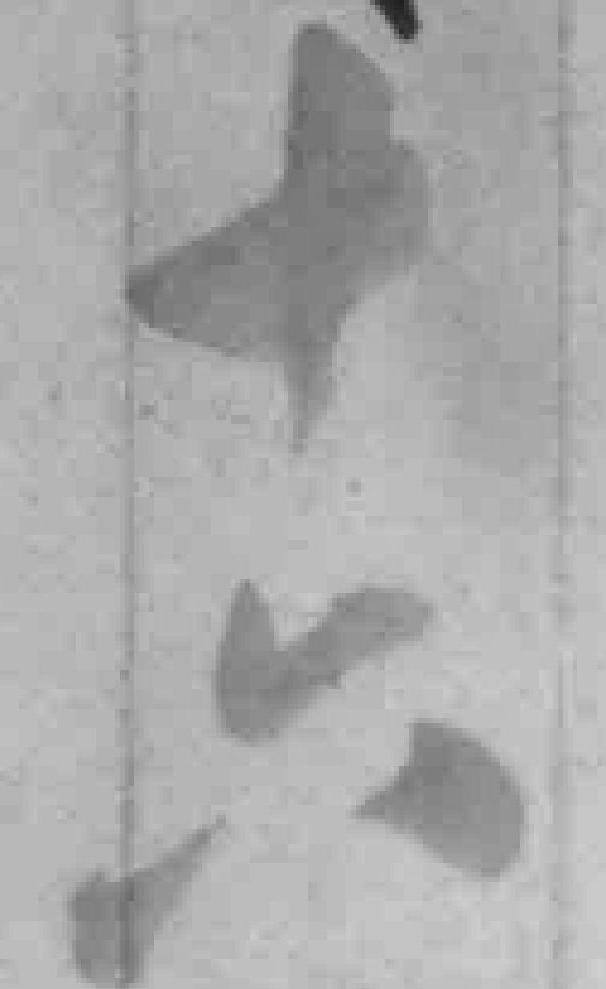
十六